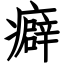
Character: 癖